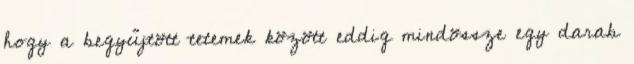
hogy a begyűjtött tetemek között eddig mindössze egy darab